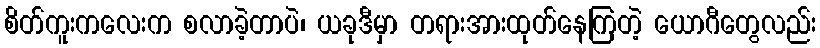
စိတ်ကူးကလေးက စလာခဲ့တာပဲ၊ ယခုဒီမှာ တရားအားထုတ်နေကြတဲ့ ယောဂီတွေလည်း